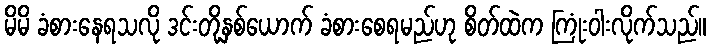
မိမိ ခံစားနေရသလို ဒင်းတို့နှစ်ယောက် ခံစားစေရမည်ဟု စိတ်ထဲက ကြုံးဝါးလိုက်သည်။